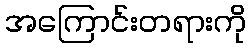
အကြောင်းတရားကို